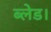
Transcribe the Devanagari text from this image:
ब्लेड।